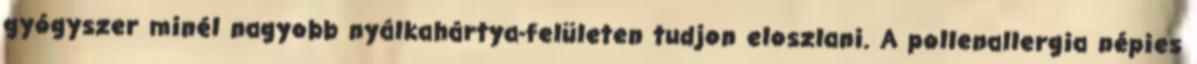
gyógyszer minél nagyobb nyálkahártya-felületen tudjon eloszlani. A pollenallergia népies